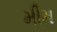
મીમ